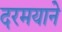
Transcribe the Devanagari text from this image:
दरमयाने